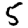
Digit: 5